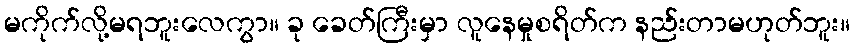
မကိုက်လို့မရဘူးလေကွာ။ ခု ခေတ်ကြီးမှာ လူနေမှုစရိတ်က နည်းတာမဟုတ်ဘူး။